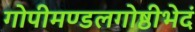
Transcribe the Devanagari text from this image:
गोपीमण्डलगोष्ठीभेदं